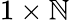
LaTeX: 1\times\mathbb{N}